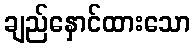
ချည်နှောင်ထားသော